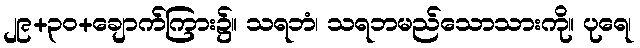
၂၉+၃၀+ချောက်ကြား၌။ သရဘံ၊ သရဘမည်သောသားကို။ ပုရေ၊